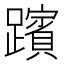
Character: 𮜞